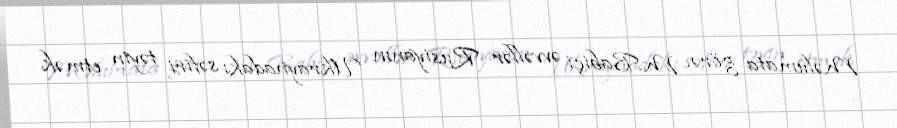
Məlumata görə, M.Babiçi əvvəllər Rusiyanın Ukraynadakı səfiri təyin etmək